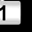
Digit: 1